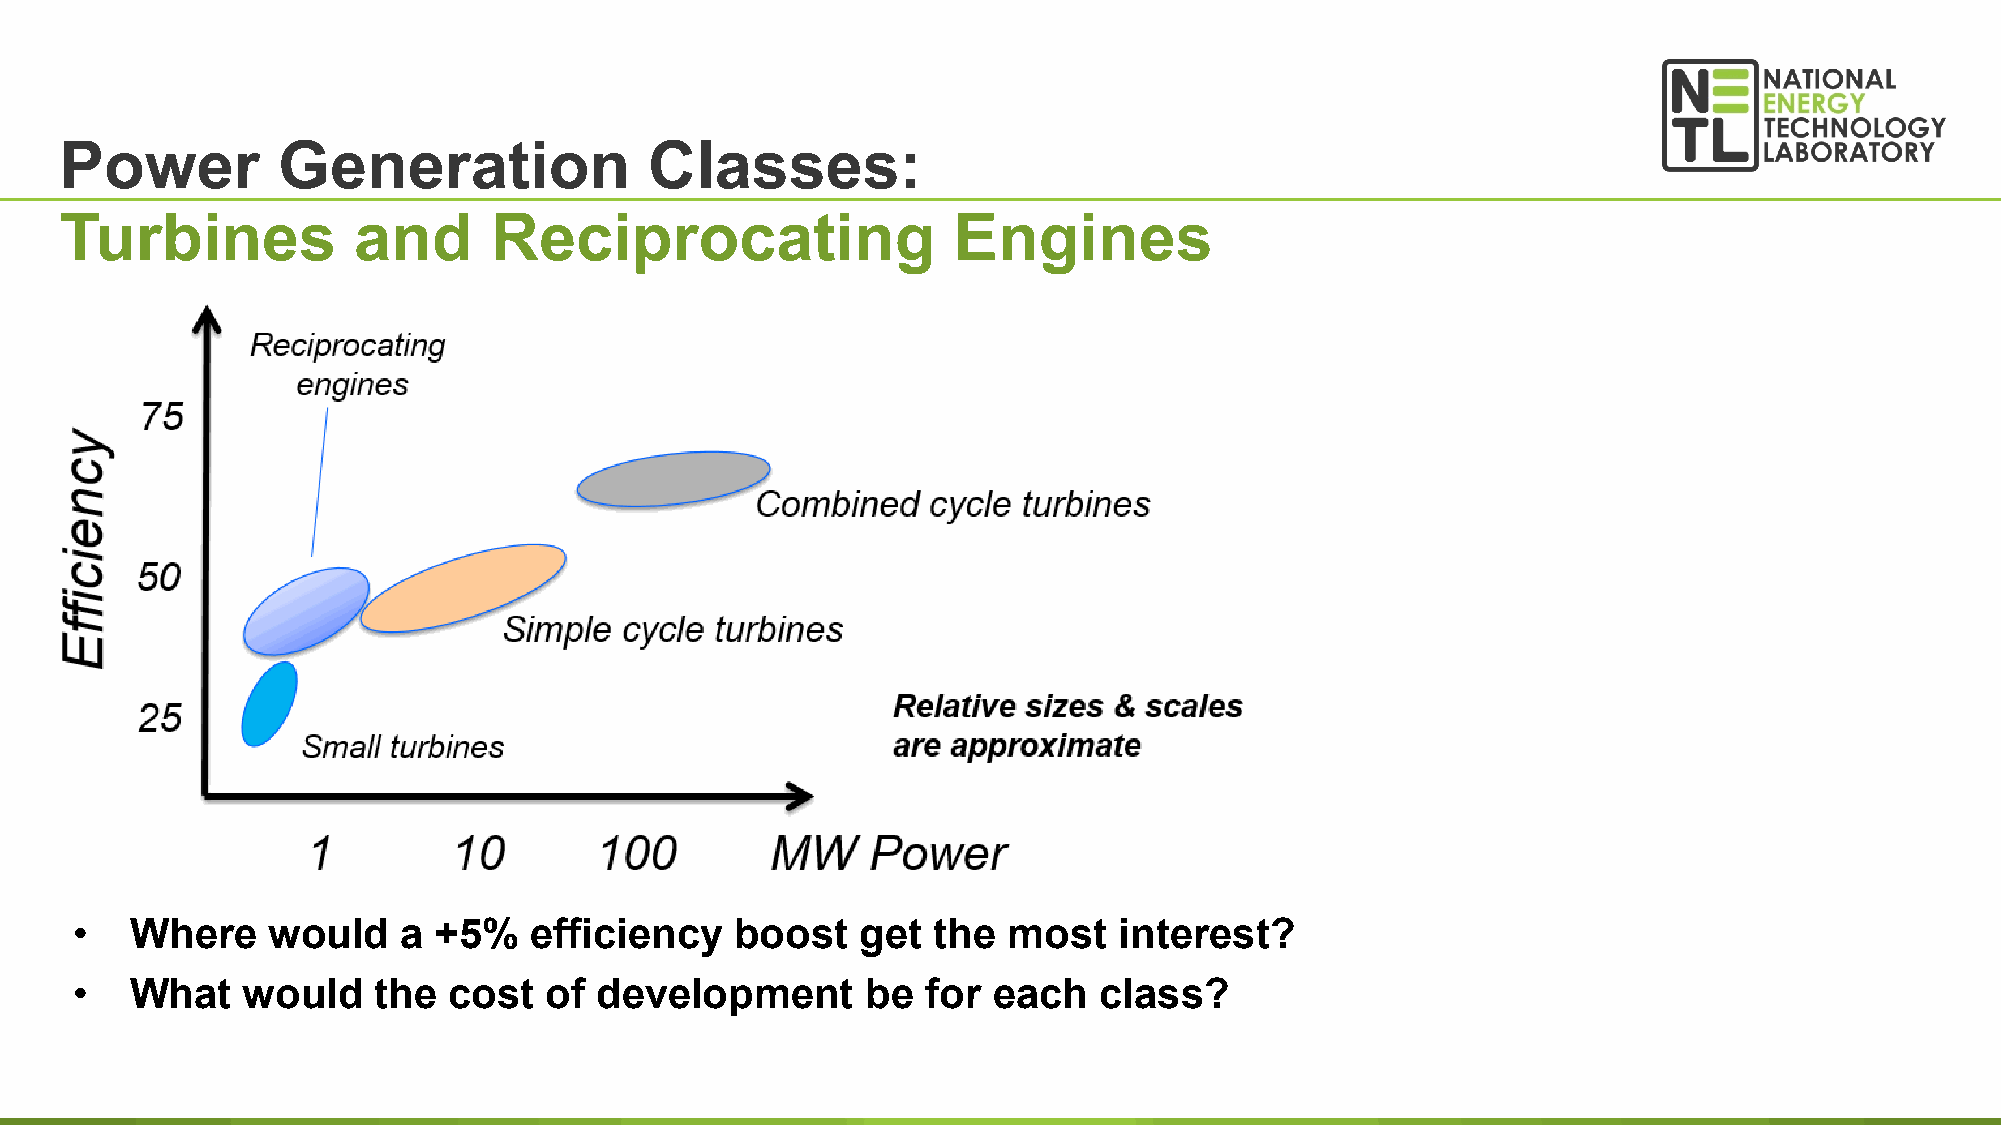
Power         Generation               Classes:
 Turbines           and      Reciprocating                  Engines
 •   Where    would   a  +5%   efficiency    boost   get  the  most   interest?
 •   What   would    the  cost  of  development      be  for  each   class?
 42